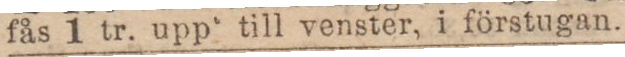
fås 1 tr. upp till venster, i förstugan.